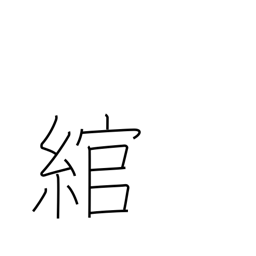
Meaning: bend around